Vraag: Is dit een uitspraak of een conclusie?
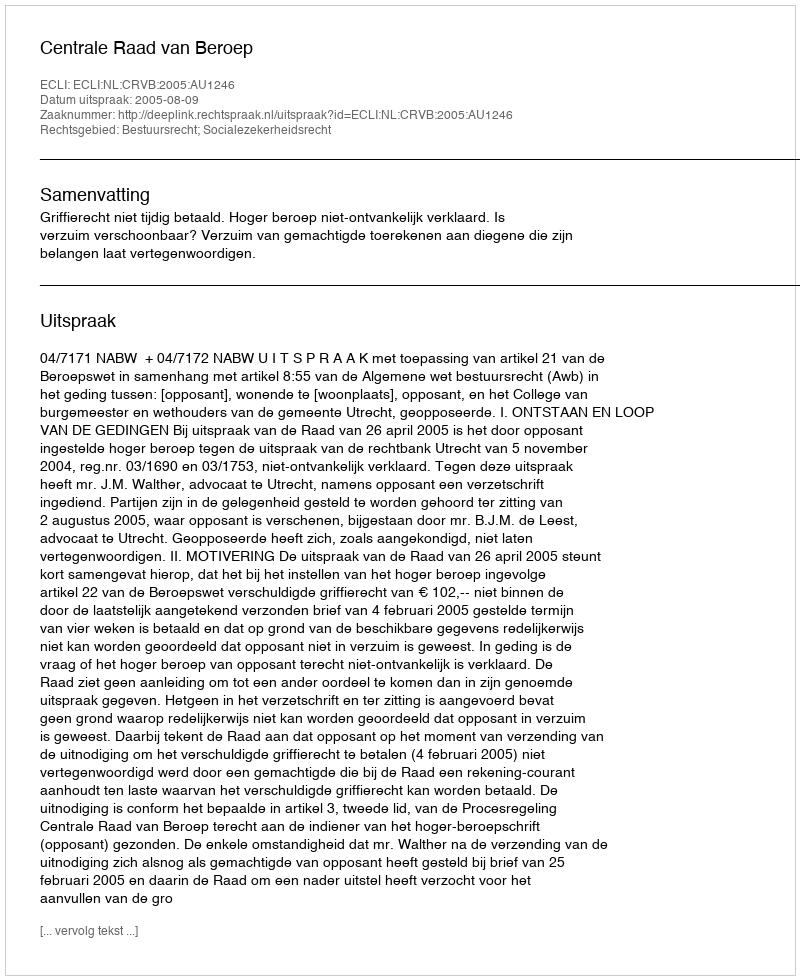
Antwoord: Uitspraak